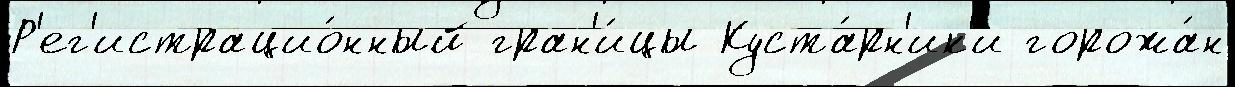
Р'ег'истрацио́нный гран'и́цы Куста́рн'ик'и горожа́н